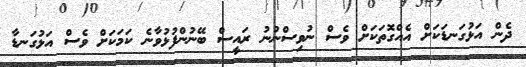
ދެން އަޅުގަނޑަކަށް އެއްގޮތަކަށް ވެސް ނުވިސްނުނު ރައީސް ބޭނުންފުޅުވާނެ ކަމަކަށް ވެސް އަޅުގަނޑާ